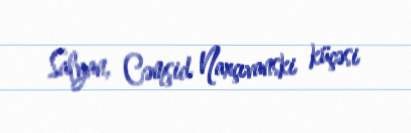
Salyan, Cəmşid Naxçıvanski küçəsi